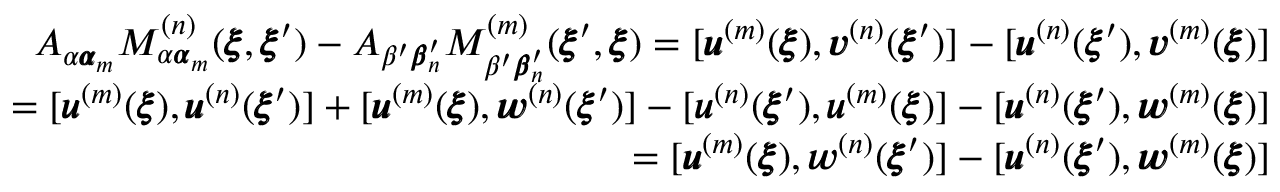
\begin{array} { r l r } & { } & { A _ { \alpha { \pmb \alpha } _ { m } } M _ { \alpha { \pmb \alpha } _ { m } } ^ { ( n ) } ( { \pmb \xi } , { \pmb \xi } ^ { \prime } ) - A _ { \beta ^ { \prime } { \pmb \beta } _ { n } ^ { \prime } } M _ { \beta ^ { \prime } { \pmb \beta } _ { n } ^ { \prime } } ^ { ( m ) } ( { \pmb \xi } ^ { \prime } , { \pmb \xi } ) = [ { \pmb u } ^ { ( m ) } ( { \pmb \xi } ) , { \pmb v } ^ { ( n ) } ( { \pmb \xi } ^ { \prime } ) ] - [ { \pmb u } ^ { ( n ) } ( { \pmb \xi } ^ { \prime } ) , { \pmb v } ^ { ( m ) } ( { \pmb \xi } ) ] } \\ & { } & { = [ { \pmb u } ^ { ( m ) } ( { \pmb \xi } ) , { \pmb u } ^ { ( n ) } ( { \pmb \xi } ^ { \prime } ) ] + [ { \pmb u } ^ { ( m ) } ( { \pmb \xi } ) , { \pmb w } ^ { ( n ) } ( { \pmb \xi } ^ { \prime } ) ] - [ { \pmb u } ^ { ( n ) } ( { \pmb \xi } ^ { \prime } ) , { \pmb u } ^ { ( m ) } ( { \pmb \xi } ) ] - [ { \pmb u } ^ { ( n ) } ( { \pmb \xi } ^ { \prime } ) , { \pmb w } ^ { ( m ) } ( { \pmb \xi } ) ] } \\ & { } & { = [ { \pmb u } ^ { ( m ) } ( { \pmb \xi } ) , { \pmb w } ^ { ( n ) } ( { \pmb \xi } ^ { \prime } ) ] - [ { \pmb u } ^ { ( n ) } ( { \pmb \xi } ^ { \prime } ) , { \pmb w } ^ { ( m ) } ( { \pmb \xi } ) ] } \end{array}